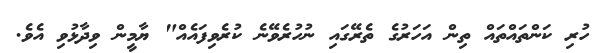
ހުރި ކަންތައްތައް ތިން އަހަރުގެ ތެރޭގައި ނުހުރެވޭނެ ކުރެވިފައެއް" ޔާމީން ވިދާޅުވި އެވެ.